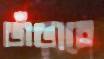
ভাঁড়াবে